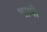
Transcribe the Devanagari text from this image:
भाथी